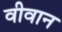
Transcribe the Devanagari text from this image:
वीवान